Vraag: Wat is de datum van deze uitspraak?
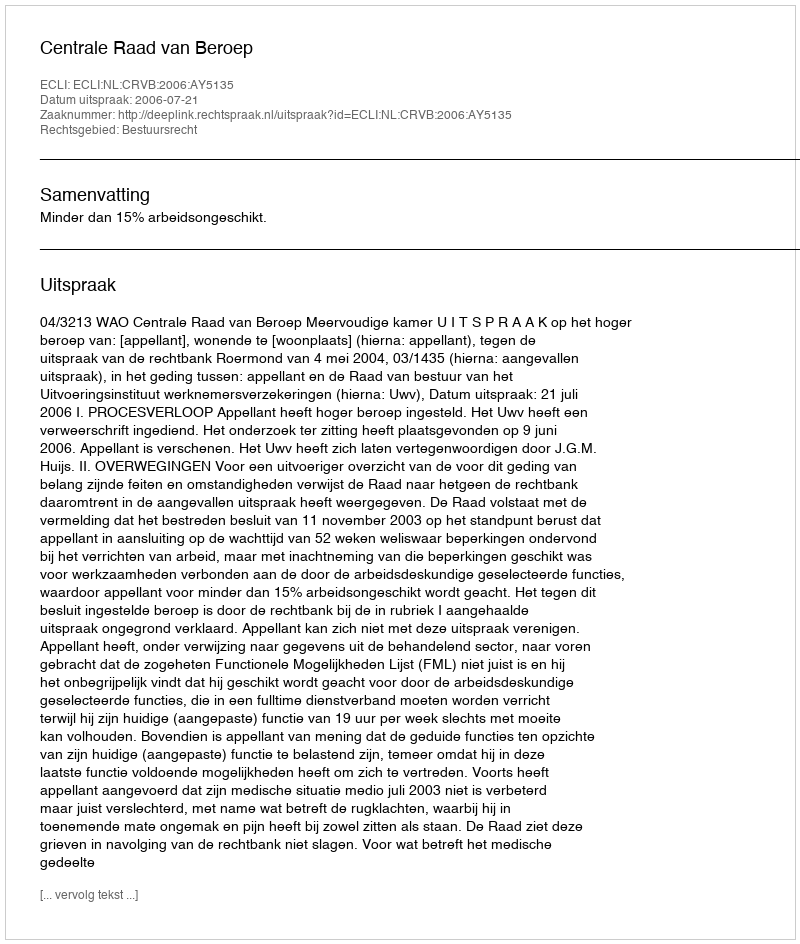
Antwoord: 2006-07-21